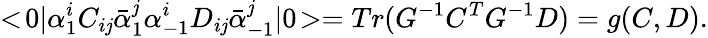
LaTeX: <\! 0|\alpha_{1}^{i}C_{i\mathit{j}}\bar{{\alpha}}_{1}^{\mathit{j}}\alpha_{-1}^{i}D_{i\mathit{j}}\bar{{\alpha}}_{-1}^{\mathit{j}}|0\! >=Tr(G^{-1}C^{T}G^{-1}D)=g(C,D).